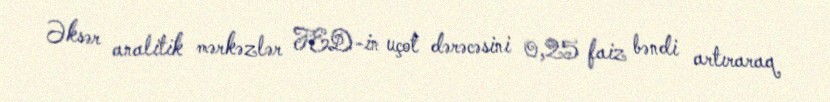
Əksər analitik mərkəzlər FED-in uçot dərəcəsini 0,25 faiz bəndi artıraraq